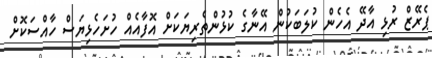
ޕެރޭޒް ރުޅި އާދޭ އެހެން ކުލަބަކުން އޭނާގެ ކުޅުންތެރިޔަކަށް އޮފާއެއް ހުށަހެޅިޔަސް ހާއްސަކޮށް